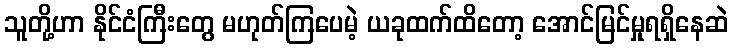
သူတို့ဟာ နိုင်ငံကြီးတွေ မဟုတ်ကြပေမဲ့ ယခုထက်ထိတော့ အောင်မြင်မှုရရှိနေဆဲ